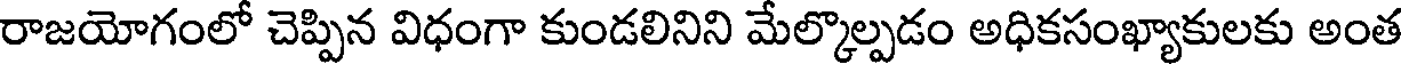
రాజయోగంలో చెప్పిన విధంగా కుండలినిని మేల్కొల్పడం అధికసంఖ్యాకులకు అంత